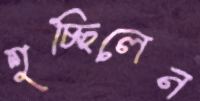
শুচ্ছিলেন